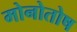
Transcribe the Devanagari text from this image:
मोनोतोष